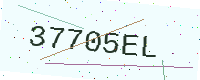
Text: 37705EL